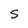
Character: s